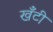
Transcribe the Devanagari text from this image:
खँटी